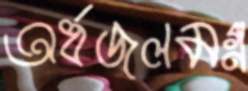
অর্ধজলমগ্ন